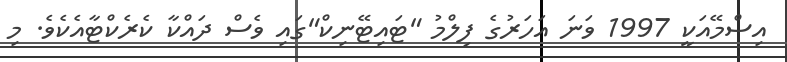
އިސްމޭއަކީ 1997 ވަނަ އަހަރުގެ ފިލްމު "ޓައިޓޭނިކް"ގައި ވެސް ދައްކާ ކެރެކްޓާއެކެވެ. މި